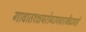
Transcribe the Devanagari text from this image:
गावात१क्षयरोगउपचारकेंद्रआहे